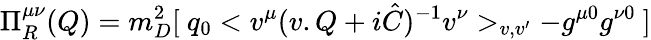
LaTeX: \Pi_{R}^{\mu\nu}(Q)=m_{D}^{2}[\ q_{0}<v^{\mu}(v.Q+i\hat{C})^{-1}v^{\nu}>_{v,v^{\prime}}-g^{\mu 0}g^{\nu 0}\ ]